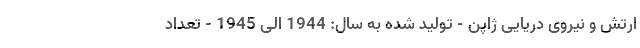
ارتش و نیروی دریایی ژاپن - تولید شده به سال: 1944 الی 1945 - تعداد